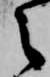
之